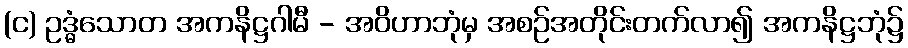
(င) ဥဒ္ဓံသောတ အကနိဋ္ဌဂါမီ - အဝိဟာဘုံမှ အစဉ်အတိုင်းတက်လာ၍ အကနိဋ္ဌဘုံ၌